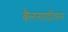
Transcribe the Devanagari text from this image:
बैलगाडीवान